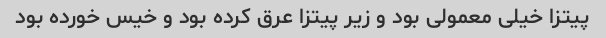
پیتزا خیلی معمولی بود و زیر پیتزا عرق کرده بود و خیس خورده بود